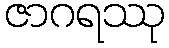
ဇာဂရဿု